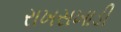
રાખસખાડી